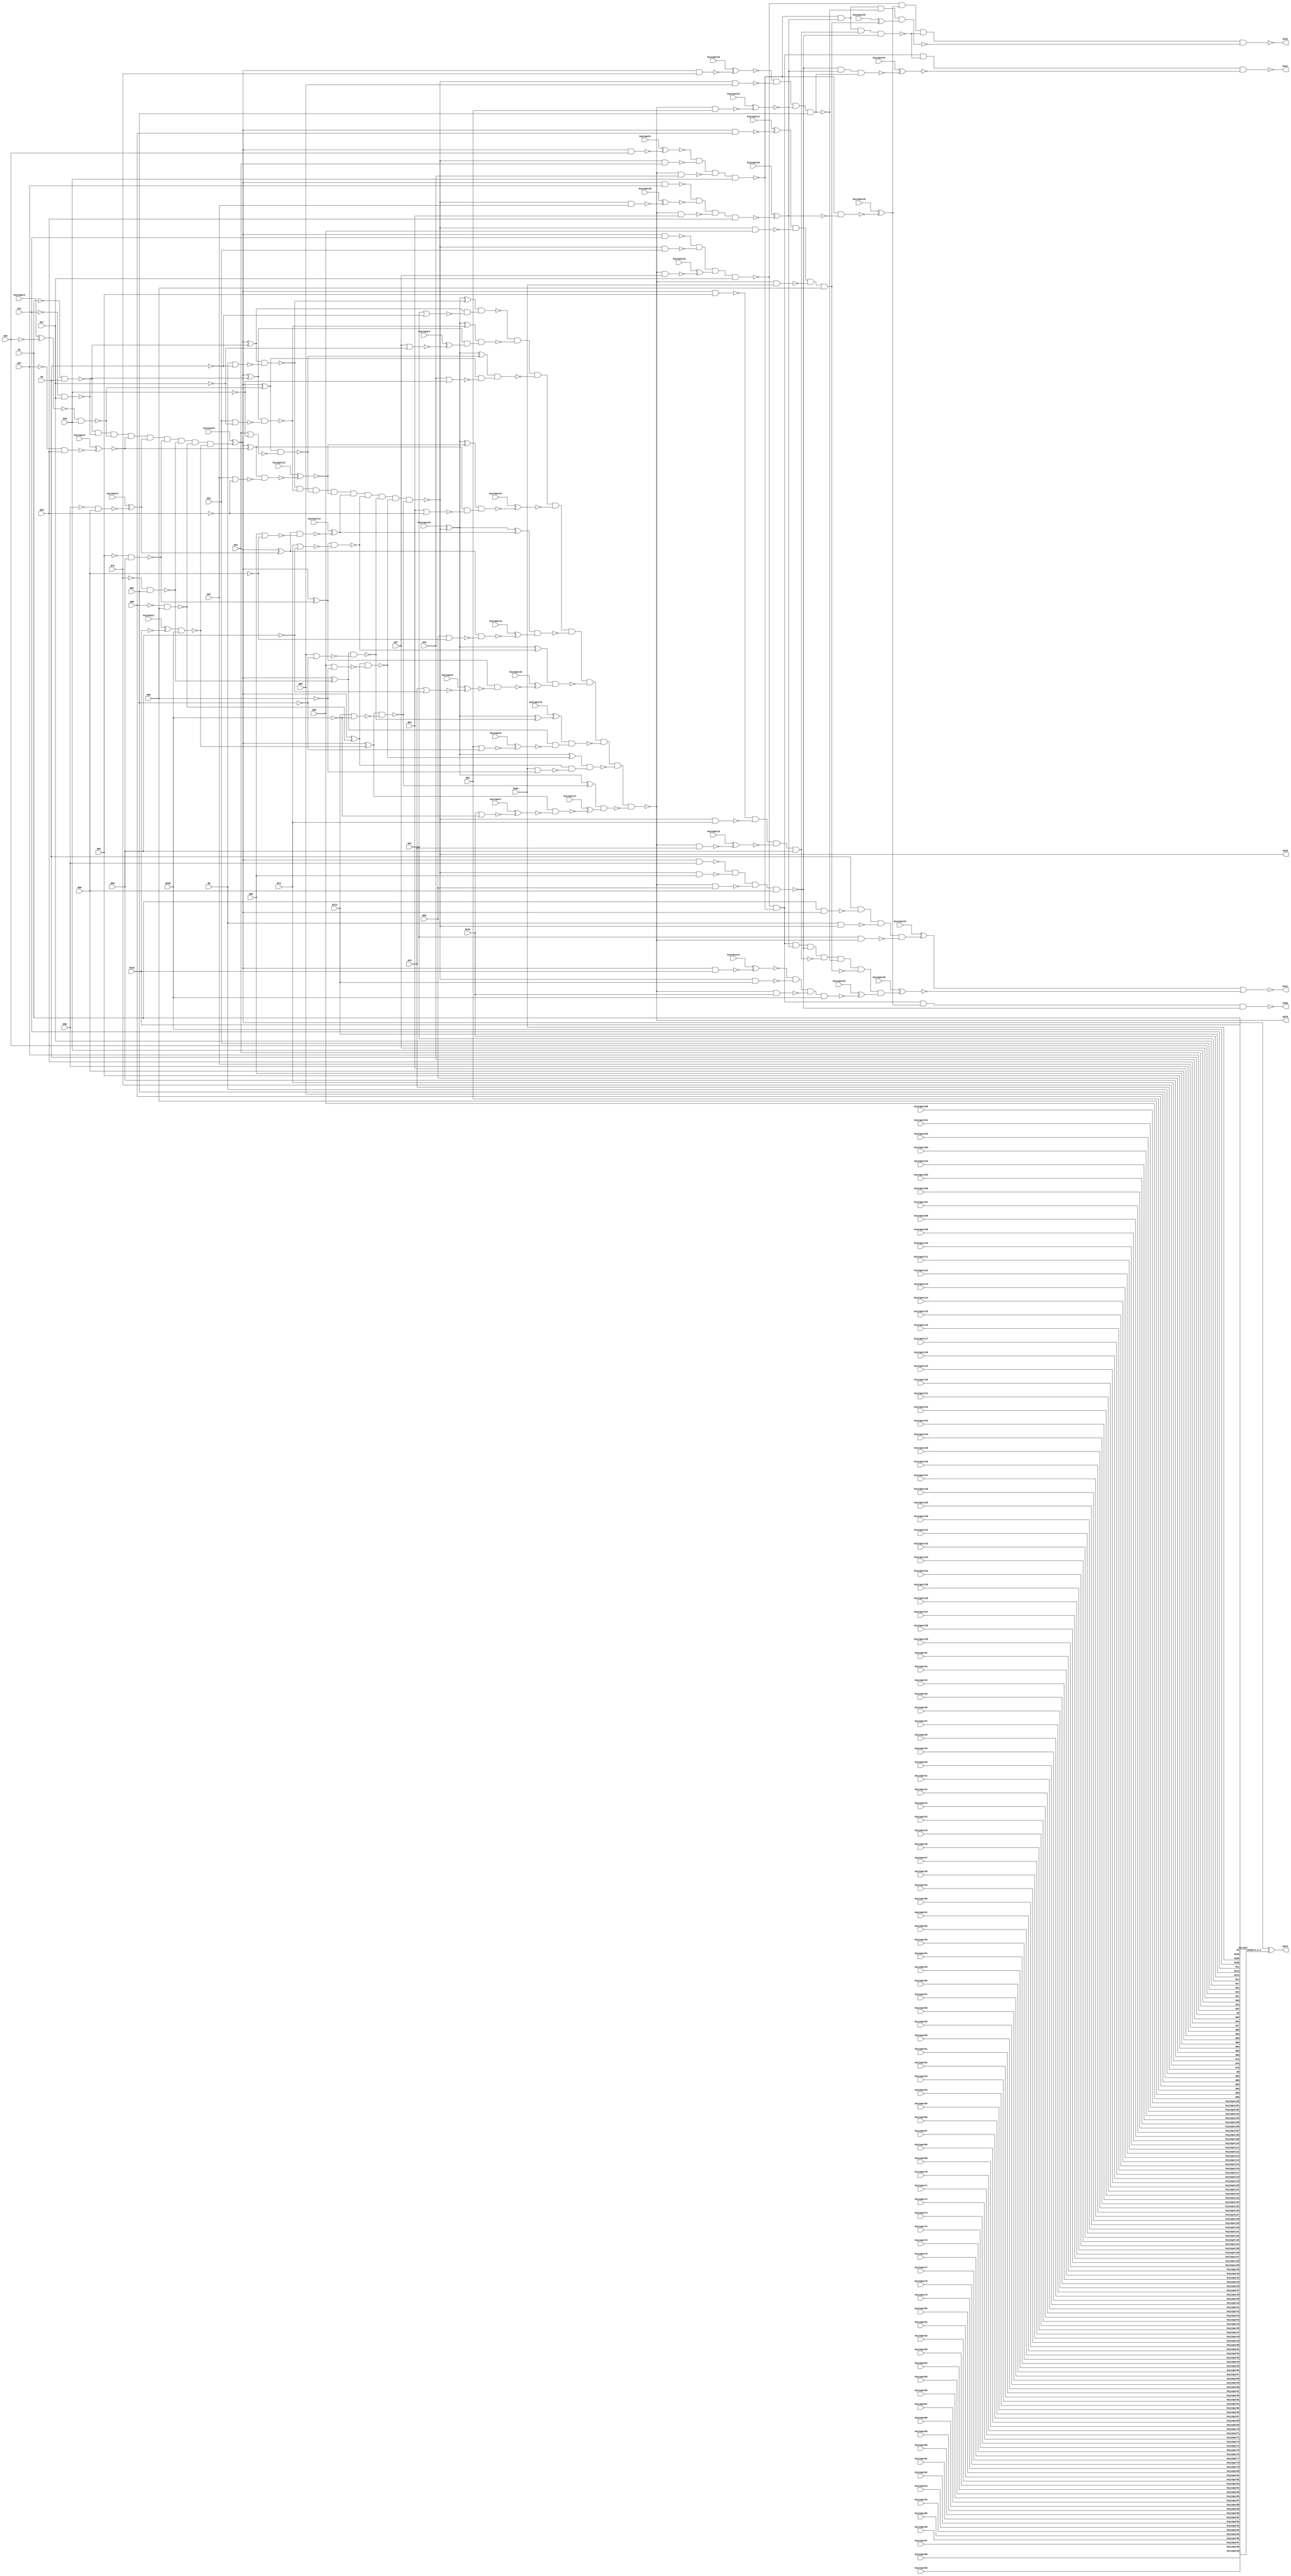
`timescale 1ns / 1ps
// Verilog
// c432
// Ninputs 36
// Noutputs 7
// NtotalGates 160
// NOT1 40
// NAND2 64
// NOR2 19
// AND9 3
// XOR2 18
// NAND4 14
// AND8 1
// NAND3 1

module top (N1,N4,N8,N11,N14,N17,N21,N24,N27,N30,
             N34,N37,N40,N43,N47,N50,N53,N56,N60,N63,
             N66,N69,N73,N76,N79,N82,N86,N89,N92,N95,
             N99,N102,N105,N108,N112,N115,N223,N329,N370,N421,
                  N430,N431,N432,
        keyinput0, keyinput1, keyinput2, keyinput3, keyinput4,
        keyinput5, keyinput6, keyinput7, keyinput8, keyinput9,
        keyinput10, keyinput11, keyinput12, keyinput13, keyinput14,
        keyinput15, keyinput16, keyinput17, keyinput18, keyinput19,
        keyinput20, keyinput21, keyinput22, keyinput23, keyinput24,
        keyinput25, keyinput26, keyinput27, keyinput28, keyinput29,
                  keyinput30, keyinput31,
        keyinput32, keyinput33, keyinput34, keyinput35, keyinput36,
        keyinput37, keyinput38, keyinput39, keyinput40, keyinput41,
        keyinput42, keyinput43, keyinput44, keyinput45, keyinput46,
        keyinput47, keyinput48, keyinput49, keyinput50, keyinput51,
        keyinput52, keyinput53, keyinput54, keyinput55, keyinput56,
        keyinput57, keyinput58, keyinput59, keyinput60, keyinput61,
        keyinput62, keyinput63, keyinput64, keyinput65, keyinput66,
        keyinput67, keyinput68, keyinput69, keyinput70, keyinput71,
        keyinput72, keyinput73, keyinput74, keyinput75, keyinput76,
        keyinput77, keyinput78, keyinput79, keyinput80, keyinput81,
        keyinput82, keyinput83, keyinput84, keyinput85, keyinput86,
        keyinput87, keyinput88, keyinput89, keyinput90, keyinput91,
        keyinput92, keyinput93, keyinput94, keyinput95, keyinput96,
        keyinput97, keyinput98, keyinput99, keyinput100, keyinput101,
                  keyinput102, keyinput103,
        keyinput104, keyinput105, keyinput106, keyinput107, keyinput108,
        keyinput109, keyinput110, keyinput111, keyinput112, keyinput113,
        keyinput114, keyinput115, keyinput116, keyinput117, keyinput118,
        keyinput119, keyinput120, keyinput121, keyinput122, keyinput123,
        keyinput124, keyinput125, keyinput126, keyinput127, keyinput128,
        keyinput129, keyinput130, keyinput131, keyinput132, keyinput133,
        keyinput134, keyinput135, keyinput136, keyinput137, keyinput138,
        keyinput139);

  input keyinput104, keyinput105, keyinput106, keyinput107, keyinput108;
  input keyinput109, keyinput110, keyinput111, keyinput112, keyinput113;
  input keyinput114, keyinput115, keyinput116, keyinput117, keyinput118;
  input keyinput119, keyinput120, keyinput121, keyinput122, keyinput123;
  input keyinput124, keyinput125, keyinput126, keyinput127, keyinput128;
  input keyinput129, keyinput130, keyinput131, keyinput132, keyinput133;
  input keyinput134, keyinput135, keyinput136, keyinput137, keyinput138;
  input keyinput139;


  input keyinput32, keyinput33, keyinput34, keyinput35, keyinput36;
  input keyinput37, keyinput38, keyinput39, keyinput40, keyinput41;
  input keyinput42, keyinput43, keyinput44, keyinput45, keyinput46;
  input keyinput47, keyinput48, keyinput49, keyinput50, keyinput51;
  input keyinput52, keyinput53, keyinput54, keyinput55, keyinput56;
  input keyinput57, keyinput58, keyinput59, keyinput60, keyinput61;
  input keyinput62, keyinput63, keyinput64, keyinput65, keyinput66;
  input keyinput67, keyinput68, keyinput69, keyinput70, keyinput71;
  input keyinput72, keyinput73, keyinput74, keyinput75, keyinput76;
  input keyinput77, keyinput78, keyinput79, keyinput80, keyinput81;
  input keyinput82, keyinput83, keyinput84, keyinput85, keyinput86;
  input keyinput87, keyinput88, keyinput89, keyinput90, keyinput91;
  input keyinput92, keyinput93, keyinput94, keyinput95, keyinput96;
  input keyinput97, keyinput98, keyinput99, keyinput100, keyinput101;
  input keyinput102, keyinput103;

  wire KeyWire_0_1 , KeyWire_0_2;

  input keyinput0, keyinput1, keyinput2, keyinput3, keyinput4;
  input keyinput5, keyinput6, keyinput7, keyinput8, keyinput9;
  input keyinput10, keyinput11, keyinput12, keyinput13, keyinput14;
  input keyinput15, keyinput16, keyinput17, keyinput18, keyinput19;
  input keyinput20, keyinput21, keyinput22, keyinput23, keyinput24;
  input keyinput25, keyinput26, keyinput27, keyinput28, keyinput29;
  input keyinput30, keyinput31;

  wire [0:31] keyinput_Wire_0;
  wire [0:13] KeyNOTWire_0;

input N1,N4,N8,N11,N14,N17,N21,N24,N27,N30,
      N34,N37,N40,N43,N47,N50,N53,N56,N60,N63,
      N66,N69,N73,N76,N79,N82,N86,N89,N92,N95,
      N99,N102,N105,N108,N112,N115;

output N223,N329,N370,N421,N430,N431,N432;

wire N118,N119,N122,N123,N126,N127,N130,N131,N134,N135,
     N138,N139,N142,N143,N146,N147,N150,N151,N154,N157,
     N158,N159,N162,N165,N168,N171,N174,N177,N180,N183,
     N184,N185,N186,N187,N188,N189,N190,N191,N192,N193,
     N194,N195,N196,N197,N198,N199,N203,N213,N224,N227,
     N230,N233,N236,N239,N242,N243,N246,N247,N250,N251,
     N254,N255,N256,N257,N258,N259,N260,N263,N264,N267,
     N270,N273,N276,N279,N282,N285,N288,N289,N290,N291,
     N292,N293,N294,N295,N296,N300,N301,N302,N303,N304,
     N305,N306,N307,N308,N309,N319,N330,N331,N332,N333,
     N334,N335,N336,N337,N338,N339,N340,N341,N342,N343,
     N344,N345,N346,N347,N348,N349,N350,N351,N352,N353,
     N354,N355,N356,N357,N360,N371,N372,N373,N374,N375,
     N376,N377,N378,N379,N380,N381,N386,N393,N399,N404,
     N407,N411,N414,N415,N416,N417,N418,N419,N420,N422,
     N425,N428,N429;

not NOT1_1 (N118, N1);
not NOT1_2 (N119, N4);
not NOT1_3 (N122, N11);
not NOT1_4 (N123, N17);
  not NOT1_5 (keyinput_Wire_0[0], N24);
  xor keyGate_0_0(KeyNOTWire_0[0], keyinput0, keyinput_Wire_0[0]);
  not KeyNOTGate_0_0(N126, KeyNOTWire_0[0]);
not NOT1_6 (N127, N30);
not NOT1_7 (N130, N37);
not NOT1_8 (N131, N43);
not NOT1_9 (N134, N50);
not NOT1_10 (N135, N56);
not NOT1_11 (N138, N63);
not NOT1_12 (N139, N69);
not NOT1_13 (N142, N76);
not NOT1_14 (N143, N82);
not NOT1_15 (N146, N89);
not NOT1_16 (N147, N95);
  not NOT1_17 (keyinput_Wire_0[1], N102);
  xnor keyGate_0_1(KeyNOTWire_0[1], keyinput1, keyinput_Wire_0[1]);
  not KeyNOTGate_0_1(N150, KeyNOTWire_0[1]);
not NOT1_18 (N151, N108);
nand NAND2_19 (N154, N118, N4);
nor NOR2_20 (N157, N8, N119);
nor NOR2_21 (N158, N14, N119);
nand NAND2_22 (N159, N122, N17);
nand NAND2_23 (N162, N126, N30);
  nand NAND2_24 (keyinput_Wire_0[2], N130, N43);
  xor keyGate_0_2(KeyNOTWire_0[2], keyinput2, keyinput_Wire_0[2]);
  not KeyNOTGate_0_2(N165, KeyNOTWire_0[2]);
  nand NAND2_25 (keyinput_Wire_0[3], N134, N56);
  xor keyGate_0_3(N168, keyinput3, keyinput_Wire_0[3]);
nand NAND2_26 (N171, N138, N69);
nand NAND2_27 (N174, N142, N82);
nand NAND2_28 (N177, N146, N95);
nand NAND2_29 (N180, N150, N108);
nor NOR2_30 (N183, N21, N123);
  nor NOR2_31 (keyinput_Wire_0[4], N27, N123);
  xnor keyGate_0_4(KeyNOTWire_0[3], keyinput4, keyinput_Wire_0[4]);
  not KeyNOTGate_0_3(N184, KeyNOTWire_0[3]);
nor NOR2_32 (N185, N34, N127);
nor NOR2_33 (N186, N40, N127);
nor NOR2_34 (N187, N47, N131);
nor NOR2_35 (N188, N53, N131);
nor NOR2_36 (N189, N60, N135);
nor NOR2_37 (N190, N66, N135);
nor NOR2_38 (N191, N73, N139);
  nor NOR2_39 (keyinput_Wire_0[5], N79, N139);
  xnor keyGate_0_5(N192, keyinput5, keyinput_Wire_0[5]);
nor NOR2_40 (N193, N86, N143);
  nor NOR2_41 (keyinput_Wire_0[6], N92, N143);
  xor keyGate_0_6(KeyNOTWire_0[4], keyinput6, keyinput_Wire_0[6]);
  not KeyNOTGate_0_4(N194, KeyNOTWire_0[4]);
nor NOR2_42 (N195, N99, N147);
nor NOR2_43 (N196, N105, N147);
nor NOR2_44 (N197, N112, N151);
  nor NOR2_45 (keyinput_Wire_0[7], N115, N151);
  xnor keyGate_0_7(N198, keyinput7, keyinput_Wire_0[7]);
  and AND9_46 (keyinput_Wire_0[8], N154, N159, N162, N165, N168, N171, N174, N177, N180);
  xor keyGate_0_8(KeyNOTWire_0[5], keyinput8, keyinput_Wire_0[8]);
  not KeyNOTGate_0_5(N199, KeyNOTWire_0[5]);
not NOT1_47 (N203, N199);
not NOT1_48 (N213, N199);
not NOT1_49 (KeyWire_0_1, N199);
  xor flip_it (N223, KeyWire_0_1, KeyWire_0_2 );
xor XOR2_50 (N224, N203, N154);
xor XOR2_51 (N227, N203, N159);
xor XOR2_52 (N230, N203, N162);
xor XOR2_53 (N233, N203, N165);
xor XOR2_54 (N236, N203, N168);
xor XOR2_55 (N239, N203, N171);
nand NAND2_56 (N242, N1, N213);
xor XOR2_57 (N243, N203, N174);
nand NAND2_58 (N246, N213, N11);
xor XOR2_59 (N247, N203, N177);
  nand NAND2_60 (keyinput_Wire_0[9], N213, N24);
  xnor keyGate_0_9(N250, keyinput9, keyinput_Wire_0[9]);
xor XOR2_61 (N251, N203, N180);
nand NAND2_62 (N254, N213, N37);
nand NAND2_63 (N255, N213, N50);
nand NAND2_64 (N256, N213, N63);
  nand NAND2_65 (keyinput_Wire_0[10], N213, N76);
  xnor keyGate_0_10(N257, keyinput10, keyinput_Wire_0[10]);
  nand NAND2_66 (keyinput_Wire_0[11], N213, N89);
  xnor keyGate_0_11(KeyNOTWire_0[6], keyinput11, keyinput_Wire_0[11]);
  not KeyNOTGate_0_6(N258, KeyNOTWire_0[6]);
  nand NAND2_67 (keyinput_Wire_0[12], N213, N102);
  xor keyGate_0_12(KeyNOTWire_0[7], keyinput12, keyinput_Wire_0[12]);
  not KeyNOTGate_0_7(N259, KeyNOTWire_0[7]);
nand NAND2_68 (N260, N224, N157);
nand NAND2_69 (N263, N224, N158);
nand NAND2_70 (N264, N227, N183);
nand NAND2_71 (N267, N230, N185);
  nand NAND2_72 (keyinput_Wire_0[13], N233, N187);
  xor keyGate_0_13(KeyNOTWire_0[8], keyinput13, keyinput_Wire_0[13]);
  not KeyNOTGate_0_8(N270, KeyNOTWire_0[8]);
  nand NAND2_73 (keyinput_Wire_0[14], N236, N189);
  xnor keyGate_0_14(KeyNOTWire_0[9], keyinput14, keyinput_Wire_0[14]);
  not KeyNOTGate_0_9(N273, KeyNOTWire_0[9]);
nand NAND2_74 (N276, N239, N191);
nand NAND2_75 (N279, N243, N193);
nand NAND2_76 (N282, N247, N195);
nand NAND2_77 (N285, N251, N197);
nand NAND2_78 (N288, N227, N184);
nand NAND2_79 (N289, N230, N186);
nand NAND2_80 (N290, N233, N188);
  nand NAND2_81 (keyinput_Wire_0[15], N236, N190);
  xor keyGate_0_15(KeyNOTWire_0[10], keyinput15, keyinput_Wire_0[15]);
  not KeyNOTGate_0_10(N291, KeyNOTWire_0[10]);
  nand NAND2_82 (keyinput_Wire_0[16], N239, N192);
  xnor keyGate_0_16(N292, keyinput16, keyinput_Wire_0[16]);
nand NAND2_83 (N293, N243, N194);
nand NAND2_84 (N294, N247, N196);
  nand NAND2_85 (keyinput_Wire_0[17], N251, N198);
  xnor keyGate_0_17(N295, keyinput17, keyinput_Wire_0[17]);
and AND9_86 (N296, N260, N264, N267, N270, N273, N276, N279, N282, N285);
not NOT1_87 (N300, N263);
not NOT1_88 (N301, N288);
not NOT1_89 (N302, N289);
not NOT1_90 (N303, N290);
not NOT1_91 (N304, N291);
not NOT1_92 (N305, N292);
not NOT1_93 (N306, N293);
not NOT1_94 (N307, N294);
not NOT1_95 (N308, N295);
  not NOT1_96 (keyinput_Wire_0[18], N296);
  xor keyGate_0_18(N309, keyinput18, keyinput_Wire_0[18]);
not NOT1_97 (N319, N296);
not NOT1_98 (N329, N296);
xor XOR2_99 (N330, N309, N260);
xor XOR2_100 (N331, N309, N264);
xor XOR2_101 (N332, N309, N267);
xor XOR2_102 (N333, N309, N270);
nand NAND2_103 (N334, N8, N319);
xor XOR2_104 (N335, N309, N273);
nand NAND2_105 (N336, N319, N21);
xor XOR2_106 (N337, N309, N276);
nand NAND2_107 (N338, N319, N34);
  xor XOR2_108 (keyinput_Wire_0[19], N309, N279);
  xor keyGate_0_19(N339, keyinput19, keyinput_Wire_0[19]);
  nand NAND2_109 (keyinput_Wire_0[20], N319, N47);
  xor keyGate_0_20(KeyNOTWire_0[11], keyinput20, keyinput_Wire_0[20]);
  not KeyNOTGate_0_11(N340, KeyNOTWire_0[11]);
xor XOR2_110 (N341, N309, N282);
nand NAND2_111 (N342, N319, N60);
xor XOR2_112 (N343, N309, N285);
nand NAND2_113 (N344, N319, N73);
nand NAND2_114 (N345, N319, N86);
nand NAND2_115 (N346, N319, N99);
nand NAND2_116 (N347, N319, N112);
nand NAND2_117 (N348, N330, N300);
nand NAND2_118 (N349, N331, N301);
nand NAND2_119 (N350, N332, N302);
  nand NAND2_120 (keyinput_Wire_0[21], N333, N303);
  xnor keyGate_0_21(N351, keyinput21, keyinput_Wire_0[21]);
nand NAND2_121 (N352, N335, N304);
nand NAND2_122 (N353, N337, N305);
nand NAND2_123 (N354, N339, N306);
nand NAND2_124 (N355, N341, N307);
nand NAND2_125 (N356, N343, N308);
and AND9_126 (N357, N348, N349, N350, N351, N352, N353, N354, N355, N356);
not NOT1_127 (N360, N357);
not NOT1_128 (N370, N357);
nand NAND2_129 (N371, N14, N360);
  nand NAND2_130 (keyinput_Wire_0[22], N360, N27);
  xnor keyGate_0_22(KeyNOTWire_0[12], keyinput22, keyinput_Wire_0[22]);
  not KeyNOTGate_0_12(N372, KeyNOTWire_0[12]);
nand NAND2_131 (N373, N360, N40);
nand NAND2_132 (N374, N360, N53);
nand NAND2_133 (N375, N360, N66);
  nand NAND2_134 (keyinput_Wire_0[23], N360, N79);
  xnor keyGate_0_23(N376, keyinput23, keyinput_Wire_0[23]);
  nand NAND2_135 (keyinput_Wire_0[24], N360, N92);
  xnor keyGate_0_24(N377, keyinput24, keyinput_Wire_0[24]);
nand NAND2_136 (N378, N360, N105);
nand NAND2_137 (N379, N360, N115);
nand NAND4_138 (N380, N4, N242, N334, N371);
nand NAND4_139 (N381, N246, N336, N372, N17);
nand NAND4_140 (N386, N250, N338, N373, N30);
  nand NAND4_141 (keyinput_Wire_0[25], N254, N340, N374, N43);
  xor keyGate_0_25(N393, keyinput25, keyinput_Wire_0[25]);
nand NAND4_142 (N399, N255, N342, N375, N56);
nand NAND4_143 (N404, N256, N344, N376, N69);
nand NAND4_144 (N407, N257, N345, N377, N82);
nand NAND4_145 (N411, N258, N346, N378, N95);
  nand NAND4_146 (keyinput_Wire_0[26], N259, N347, N379, N108);
  xor keyGate_0_26(N414, keyinput26, keyinput_Wire_0[26]);
  not NOT1_147 (keyinput_Wire_0[27], N380);
  xnor keyGate_0_27(KeyNOTWire_0[13], keyinput27, keyinput_Wire_0[27]);
  not KeyNOTGate_0_13(N415, KeyNOTWire_0[13]);
  and AND8_148 (keyinput_Wire_0[28], N381, N386, N393, N399, N404, N407, N411, N414);
  xnor keyGate_0_28(N416, keyinput28, keyinput_Wire_0[28]);
not NOT1_149 (N417, N393);
not NOT1_150 (N418, N404);
not NOT1_151 (N419, N407);
  not NOT1_152 (keyinput_Wire_0[29], N411);
  xor keyGate_0_29(N420, keyinput29, keyinput_Wire_0[29]);
nor NOR2_153 (N421, N415, N416);
  nand NAND2_154 (keyinput_Wire_0[30], N386, N417);
  xor keyGate_0_30(N422, keyinput30, keyinput_Wire_0[30]);
nand NAND4_155 (N425, N386, N393, N418, N399);
  nand NAND3_156 (keyinput_Wire_0[31], N399, N393, N419);
  xnor keyGate_0_31(N428, keyinput31, keyinput_Wire_0[31]);
nand NAND4_157 (N429, N386, N393, N407, N420);
nand NAND4_158 (N430, N381, N386, N422, N399);
nand NAND4_159 (N431, N381, N386, N425, N428);
nand NAND4_160 (N432, N381, N422, N425, N429);

AntiSAT some_name( KeyWire_0_2, N115, N63, N43, N1, N8, N47, N27, N14, N53, N17, N69, N11, N60, N112, N40, N50, N108, N82, N66, N21, N30, N105, N76, N73, N4, N102, N89, N24, N99, N79, N34, N95, N56, N37, N86, N92, keyinput32, keyinput33, keyinput34, keyinput35, keyinput36, keyinput37, keyinput38, keyinput39, keyinput40, keyinput41, keyinput42, keyinput43, keyinput44, keyinput45, keyinput46, keyinput47, keyinput48, keyinput49, keyinput50, keyinput51, keyinput52, keyinput53, keyinput54, keyinput55, keyinput56, keyinput57, keyinput58, keyinput59, keyinput60, keyinput61, keyinput62, keyinput63, keyinput64, keyinput65, keyinput66, keyinput67, keyinput68, keyinput69, keyinput70, keyinput71, keyinput72, keyinput73, keyinput74, keyinput75, keyinput76, keyinput77, keyinput78, keyinput79, keyinput80, keyinput81, keyinput82, keyinput83, keyinput84, keyinput85, keyinput86, keyinput87, keyinput88, keyinput89, keyinput90, keyinput91, keyinput92, keyinput93, keyinput94, keyinput95, keyinput96, keyinput97, keyinput98, keyinput99, keyinput100, keyinput101, keyinput102, keyinput103,
       keyinput104, keyinput105, keyinput106, keyinput107, keyinput108,
       keyinput109, keyinput110, keyinput111, keyinput112, keyinput113,
       keyinput114, keyinput115, keyinput116, keyinput117, keyinput118,
       keyinput119, keyinput120, keyinput121, keyinput122, keyinput123,
       keyinput124, keyinput125, keyinput126, keyinput127, keyinput128,
       keyinput129, keyinput130, keyinput131, keyinput132, keyinput133,
       keyinput134, keyinput135, keyinput136, keyinput137, keyinput138,
       keyinput139);

endmodule

/*************************************************************************/

module AntiSAT (KeyWire_0_2, N115, N63, N43, N1, N8, N47, N27, N14, N53, N17, N69, N11, N60, N112, N40, N50, N108, N82, N66, N21, N30, N105, N76, N73, N4, N102, N89, N24, N99, N79, N34, N95, N56, N37, N86, N92, keyinput32, keyinput33, keyinput34, keyinput35, keyinput36, keyinput37, keyinput38, keyinput39, keyinput40, keyinput41, keyinput42, keyinput43, keyinput44, keyinput45, keyinput46, keyinput47, keyinput48, keyinput49, keyinput50, keyinput51, keyinput52, keyinput53, keyinput54, keyinput55, keyinput56, keyinput57, keyinput58, keyinput59, keyinput60, keyinput61, keyinput62, keyinput63, keyinput64, keyinput65, keyinput66, keyinput67, keyinput68, keyinput69, keyinput70, keyinput71, keyinput72, keyinput73, keyinput74, keyinput75, keyinput76, keyinput77, keyinput78, keyinput79, keyinput80, keyinput81, keyinput82, keyinput83, keyinput84, keyinput85, keyinput86, keyinput87, keyinput88, keyinput89, keyinput90, keyinput91, keyinput92, keyinput93, keyinput94, keyinput95, keyinput96, keyinput97, keyinput98, keyinput99, keyinput100, keyinput101, keyinput102, keyinput103 ,
        keyinput104, keyinput105, keyinput106, keyinput107, keyinput108,
        keyinput109, keyinput110, keyinput111, keyinput112, keyinput113,
        keyinput114, keyinput115, keyinput116, keyinput117, keyinput118,
        keyinput119, keyinput120, keyinput121, keyinput122, keyinput123,
        keyinput124, keyinput125, keyinput126, keyinput127, keyinput128,
        keyinput129, keyinput130, keyinput131, keyinput132, keyinput133,
        keyinput134, keyinput135, keyinput136, keyinput137, keyinput138,
        keyinput139);

  input keyinput104, keyinput105, keyinput106, keyinput107, keyinput108;
  input keyinput109, keyinput110, keyinput111, keyinput112, keyinput113;
  input keyinput114, keyinput115, keyinput116, keyinput117, keyinput118;
  input keyinput119, keyinput120, keyinput121, keyinput122, keyinput123;
  input keyinput124, keyinput125, keyinput126, keyinput127, keyinput128;
  input keyinput129, keyinput130, keyinput131, keyinput132, keyinput133;
  input keyinput134, keyinput135, keyinput136, keyinput137, keyinput138;
  input keyinput139;

  wire [0:35] keyNTin_Wire_1;
  wire [0:13] KeyNOTWire_1;

  input N115, N63, N43, N1, N8, N47, N27, N14, N53, N17, N69, N11, N60, N112, N40, N50, N108, N82, N66, N21, N30, N105, N76, N73, N4, N102, N89, N24, N99, N79, N34, N95, N56, N37, N86, N92;
  input keyinput32, keyinput33, keyinput34, keyinput35, keyinput36, keyinput37, keyinput38, keyinput39, keyinput40, keyinput41, keyinput42, keyinput43, keyinput44, keyinput45, keyinput46, keyinput47, keyinput48, keyinput49, keyinput50, keyinput51, keyinput52, keyinput53, keyinput54, keyinput55, keyinput56, keyinput57, keyinput58, keyinput59, keyinput60, keyinput61, keyinput62, keyinput63, keyinput64, keyinput65, keyinput66, keyinput67, keyinput68, keyinput69, keyinput70, keyinput71, keyinput72, keyinput73, keyinput74, keyinput75, keyinput76, keyinput77, keyinput78, keyinput79, keyinput80, keyinput81, keyinput82, keyinput83, keyinput84, keyinput85, keyinput86, keyinput87, keyinput88, keyinput89, keyinput90, keyinput91, keyinput92, keyinput93, keyinput94, keyinput95, keyinput96, keyinput97, keyinput98, keyinput99, keyinput100, keyinput101, keyinput102, keyinput103;
  output KeyWire_0_2;
  wire newWire_0, newWire_1, newWire_2, newWire_3, newWire_4, newWire_5, newWire_6, newWire_7, newWire_8, newWire_9, newWire_10, newWire_11, newWire_12, newWire_13, newWire_14, newWire_15, newWire_16, newWire_17, newWire_18, newWire_19, newWire_20, newWire_21, newWire_22, newWire_23, newWire_24, newWire_25, newWire_26, newWire_27, newWire_28, newWire_29, newWire_30, newWire_31, newWire_32, newWire_33, newWire_34, newWire_35, newWire_36, newWire_37, newWire_38, newWire_39, newWire_40, newWire_41, newWire_42, newWire_43, newWire_44, newWire_45, newWire_46, newWire_47, newWire_48, newWire_49, newWire_50, newWire_51, newWire_52, newWire_53, newWire_54, newWire_55, newWire_56, newWire_57, newWire_58, newWire_59, newWire_60, newWire_61, newWire_62, newWire_63, newWire_64, newWire_65, newWire_66, newWire_67, newWire_68, newWire_69, newWire_70, newWire_71, newWire_72, newWire_73 ;

  xnor KeyGate0 (keyNTin_Wire_1[0], N115, keyinput32);
  xor keyNTinGate_1_0(newWire_0, keyinput104, keyNTin_Wire_1[0]);
  xnor KeyGate1 (keyNTin_Wire_1[1], N63, keyinput33);
  xor keyNTinGate_1_1(newWire_1, keyinput105, keyNTin_Wire_1[1]);
  xnor KeyGate2 (keyNTin_Wire_1[2], N43, keyinput34);
  xor keyNTinGate_1_2(newWire_2, keyinput106, keyNTin_Wire_1[2]);
  xor  KeyGate3 (newWire_3, N1, keyinput35);
  xnor KeyGate4 (keyNTin_Wire_1[3], N8, keyinput36);
  xnor keyNTinGate_1_3(newWire_4, keyinput107, keyNTin_Wire_1[3]);
  xor  KeyGate5 (keyNTin_Wire_1[4], N47, keyinput37);
  xor keyNTinGate_1_4(newWire_5, keyinput108, keyNTin_Wire_1[4]);
  xor  KeyGate6 (keyNTin_Wire_1[5], N27, keyinput38);
  xnor keyNTinGate_1_5(KeyNOTWire_1[0], keyinput109, keyNTin_Wire_1[5]);
  not KeyNOTGate_1_0(newWire_6, KeyNOTWire_1[0]);
  xor  KeyGate7 (keyNTin_Wire_1[6], N14, keyinput39);
  xnor keyNTinGate_1_6(newWire_7, keyinput110, keyNTin_Wire_1[6]);
  xor  KeyGate8 (keyNTin_Wire_1[7], N53, keyinput40);
  xnor keyNTinGate_1_7(newWire_8, keyinput111, keyNTin_Wire_1[7]);
  xor  KeyGate9 (keyNTin_Wire_1[8], N17, keyinput41);
  xnor keyNTinGate_1_8(KeyNOTWire_1[1], keyinput112, keyNTin_Wire_1[8]);
  not KeyNOTGate_1_1(newWire_9, KeyNOTWire_1[1]);
  xnor KeyGate10 (keyNTin_Wire_1[9], N69, keyinput42);
  xor keyNTinGate_1_9(newWire_10, keyinput113, keyNTin_Wire_1[9]);
  xnor KeyGate11 (keyNTin_Wire_1[10], N11, keyinput43);
  xnor keyNTinGate_1_10(KeyNOTWire_1[2], keyinput114, keyNTin_Wire_1[10]);
  not KeyNOTGate_1_2(newWire_11, KeyNOTWire_1[2]);
  xnor KeyGate12 (keyNTin_Wire_1[11], N60, keyinput44);
  xor keyNTinGate_1_11(newWire_12, keyinput115, keyNTin_Wire_1[11]);
  xor  KeyGate13 (keyNTin_Wire_1[12], N112, keyinput45);
  xor keyNTinGate_1_12(KeyNOTWire_1[3], keyinput116, keyNTin_Wire_1[12]);
  not KeyNOTGate_1_3(newWire_13, KeyNOTWire_1[3]);
  xor  KeyGate14 (newWire_14, N40, keyinput46);
  xor  KeyGate15 (keyNTin_Wire_1[13], N50, keyinput47);
  xor keyNTinGate_1_13(KeyNOTWire_1[4], keyinput117, keyNTin_Wire_1[13]);
  not KeyNOTGate_1_4(newWire_15, KeyNOTWire_1[4]);
  xnor KeyGate16 (keyNTin_Wire_1[14], N108, keyinput48);
  xnor keyNTinGate_1_14(newWire_16, keyinput118, keyNTin_Wire_1[14]);
  xor  KeyGate17 (keyNTin_Wire_1[15], N82, keyinput49);
  xnor keyNTinGate_1_15(KeyNOTWire_1[5], keyinput119, keyNTin_Wire_1[15]);
  not KeyNOTGate_1_5(newWire_17, KeyNOTWire_1[5]);
  xnor KeyGate18 (keyNTin_Wire_1[16], N66, keyinput50);
  xnor keyNTinGate_1_16(newWire_18, keyinput120, keyNTin_Wire_1[16]);
  xnor KeyGate19 (newWire_19, N21, keyinput51);
  xnor KeyGate20 (newWire_20, N30, keyinput52);
  xor  KeyGate21 (newWire_21, N105, keyinput53);
  xnor KeyGate22 (keyNTin_Wire_1[17], N76, keyinput54);
  xnor keyNTinGate_1_17(newWire_22, keyinput121, keyNTin_Wire_1[17]);
  xor  KeyGate23 (newWire_23, N73, keyinput55);
  xnor KeyGate24 (newWire_24, N4, keyinput56);
  xor  KeyGate25 (keyNTin_Wire_1[18], N102, keyinput57);
  xor keyNTinGate_1_18(newWire_25, keyinput122, keyNTin_Wire_1[18]);
  xnor KeyGate26 (newWire_26, N89, keyinput58);
  xnor KeyGate27 (keyNTin_Wire_1[19], N24, keyinput59);
  xor keyNTinGate_1_19(newWire_27, keyinput123, keyNTin_Wire_1[19]);
  xor  KeyGate28 (newWire_28, N99, keyinput60);
  xnor KeyGate29 (newWire_29, N79, keyinput61);
  xor  KeyGate30 (newWire_30, N34, keyinput62);
  xor  KeyGate31 (newWire_31, N95, keyinput63);
  xor  KeyGate32 (newWire_32, N56, keyinput64);
  xor  KeyGate33 (newWire_33, N37, keyinput65);
  xnor KeyGate34 (keyNTin_Wire_1[20], N86, keyinput66);
  xnor keyNTinGate_1_20(KeyNOTWire_1[6], keyinput124, keyNTin_Wire_1[20]);
  not KeyNOTGate_1_6(newWire_34, KeyNOTWire_1[6]);
  xor  KeyGate35 (newWire_35, N92, keyinput67);
  xnor KeyGate36 (keyNTin_Wire_1[21], N115, keyinput68);
  xnor keyNTinGate_1_21(newWire_36, keyinput125, keyNTin_Wire_1[21]);
  xnor KeyGate37 (newWire_37, N63, keyinput69);
  xor  KeyGate38 (keyNTin_Wire_1[22], N43, keyinput70);
  xor keyNTinGate_1_22(KeyNOTWire_1[7], keyinput126, keyNTin_Wire_1[22]);
  not KeyNOTGate_1_7(newWire_38, KeyNOTWire_1[7]);
  xnor KeyGate39 (newWire_39, N1, keyinput71);
  xnor KeyGate40 (newWire_40, N8, keyinput72);
  xor  KeyGate41 (newWire_41, N47, keyinput73);
  xor  KeyGate42 (newWire_42, N27, keyinput74);
  xnor KeyGate43 (newWire_43, N14, keyinput75);
  xor  KeyGate44 (newWire_44, N53, keyinput76);
  xor  KeyGate45 (keyNTin_Wire_1[23], N17, keyinput77);
  xor keyNTinGate_1_23(KeyNOTWire_1[8], keyinput127, keyNTin_Wire_1[23]);
  not KeyNOTGate_1_8(newWire_45, KeyNOTWire_1[8]);
  xor  KeyGate46 (keyNTin_Wire_1[24], N69, keyinput78);
  xnor keyNTinGate_1_24(KeyNOTWire_1[9], keyinput128, keyNTin_Wire_1[24]);
  not KeyNOTGate_1_9(newWire_46, KeyNOTWire_1[9]);
  xnor KeyGate47 (newWire_47, N11, keyinput79);
  xor  KeyGate48 (newWire_48, N60, keyinput80);
  xor  KeyGate49 (newWire_49, N112, keyinput81);
  xor  KeyGate50 (newWire_50, N40, keyinput82);
  xnor KeyGate51 (newWire_51, N50, keyinput83);
  xor  KeyGate52 (keyNTin_Wire_1[25], N108, keyinput84);
  xnor keyNTinGate_1_25(newWire_52, keyinput129, keyNTin_Wire_1[25]);
  xnor KeyGate53 (newWire_53, N82, keyinput85);
  xnor KeyGate54 (newWire_54, N66, keyinput86);
  xnor KeyGate55 (newWire_55, N21, keyinput87);
  xnor KeyGate56 (newWire_56, N30, keyinput88);
  xnor KeyGate57 (newWire_57, N105, keyinput89);
  xnor KeyGate58 (keyNTin_Wire_1[26], N76, keyinput90);
  xnor keyNTinGate_1_26(KeyNOTWire_1[10], keyinput130, keyNTin_Wire_1[26]);
  not KeyNOTGate_1_10(newWire_58, KeyNOTWire_1[10]);
  xor  KeyGate59 (newWire_59, N73, keyinput91);
  xor  KeyGate60 (keyNTin_Wire_1[27], N4, keyinput92);
  xor keyNTinGate_1_27(KeyNOTWire_1[11], keyinput131, keyNTin_Wire_1[27]);
  not KeyNOTGate_1_11(newWire_60, KeyNOTWire_1[11]);
  xnor KeyGate61 (newWire_61, N102, keyinput93);
  xnor KeyGate62 (keyNTin_Wire_1[28], N89, keyinput94);
  xnor keyNTinGate_1_28(newWire_62, keyinput132, keyNTin_Wire_1[28]);
  xnor KeyGate63 (newWire_63, N24, keyinput95);
  xnor KeyGate64 (newWire_64, N99, keyinput96);
  xor  KeyGate65 (newWire_65, N79, keyinput97);
  xnor KeyGate66 (keyNTin_Wire_1[29], N34, keyinput98);
  xor keyNTinGate_1_29(newWire_66, keyinput133, keyNTin_Wire_1[29]);
  xor  KeyGate67 (keyNTin_Wire_1[30], N95, keyinput99);
  xor keyNTinGate_1_30(newWire_67, keyinput134, keyNTin_Wire_1[30]);
  xnor KeyGate68 (keyNTin_Wire_1[31], N56, keyinput100);
  xnor keyNTinGate_1_31(newWire_68, keyinput135, keyNTin_Wire_1[31]);
  xnor KeyGate69 (keyNTin_Wire_1[32], N37, keyinput101);
  xor keyNTinGate_1_32(KeyNOTWire_1[12], keyinput136, keyNTin_Wire_1[32]);
  not KeyNOTGate_1_12(newWire_69, KeyNOTWire_1[12]);
  xnor KeyGate70 (newWire_70, N86, keyinput102);
  xnor KeyGate71 (keyNTin_Wire_1[33], N92, keyinput103);
  xnor keyNTinGate_1_33(newWire_71, keyinput137, keyNTin_Wire_1[33]);
  and some_function (newWire_72, newWire_0, newWire_1, newWire_2, newWire_3, newWire_4, newWire_5, newWire_6, newWire_7, newWire_8, newWire_9, newWire_10, newWire_11, newWire_12, newWire_13, newWire_14, newWire_15, newWire_16, newWire_17, newWire_18, newWire_19, newWire_20, newWire_21, newWire_22, newWire_23, newWire_24, newWire_25, newWire_26, newWire_27, newWire_28, newWire_29, newWire_30, newWire_31, newWire_32, newWire_33, newWire_34, newWire_35 );
  nand compl_function (keyNTin_Wire_1[34], newWire_36, newWire_37, newWire_38, newWire_39, newWire_40, newWire_41, newWire_42, newWire_43, newWire_44, newWire_45, newWire_46, newWire_47, newWire_48, newWire_49, newWire_50, newWire_51, newWire_52, newWire_53, newWire_54, newWire_55, newWire_56, newWire_57, newWire_58, newWire_59, newWire_60, newWire_61, newWire_62, newWire_63, newWire_64, newWire_65, newWire_66, newWire_67, newWire_68, newWire_69, newWire_70, newWire_71);
  xnor keyNTinGate_1_34(KeyNOTWire_1[13], keyinput138, keyNTin_Wire_1[34]);
  not KeyNOTGate_1_13(newWire_73, KeyNOTWire_1[13]);
  and finalAND (keyNTin_Wire_1[35], newWire_72, newWire_73);
  xor keyNTinGate_1_35(KeyWire_0_2, keyinput139, keyNTin_Wire_1[35]);

endmodule /* AntiSAT */